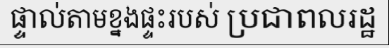
ផ្ទាល់តាមខ្នងផ្ទះរបស់ ប្រជាពលរដ្ឋ